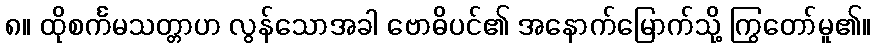
၈။ ထိုစင်္ကမသတ္တာဟ လွန်သောအခါ ဗောဓိပင်၏ အနောက်မြောက်သို့ ကြွတော်မူ၏။